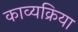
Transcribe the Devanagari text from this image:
काव्यक्रिया